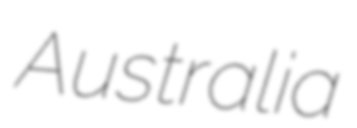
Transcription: Australia